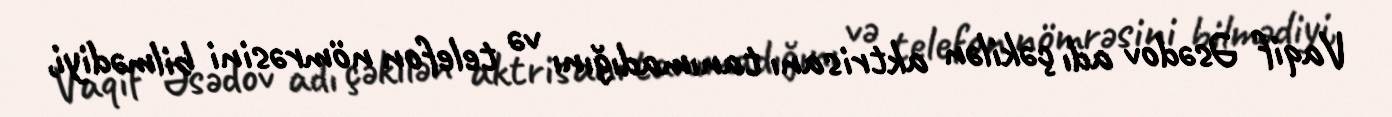
Vaqif Əsədov adı çəkilən aktrisanı tanımadığını və telefon nömrəsini bilmədiyi,